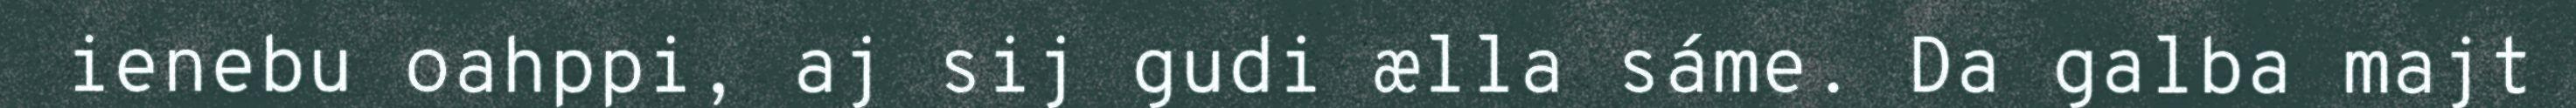
ienebu oahppi, aj sij gudi ælla sáme. Da galba majt